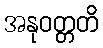
အနုဝတ္တတိ